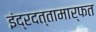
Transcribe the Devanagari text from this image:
इंद्रदत्तामार्फत